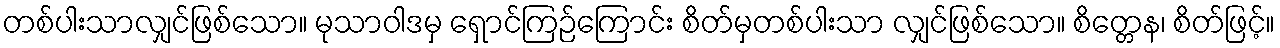
တစ်ပါးသာလျှင်ဖြစ်သော။ မုသာဝါဒမှ ရှောင်ကြဉ်ကြောင်း စိတ်မှတစ်ပါးသာ လျှင်ဖြစ်သော။ စိတ္တေန၊ စိတ်ဖြင့်။